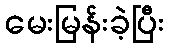
မေးမြန်းခဲ့ပြီး